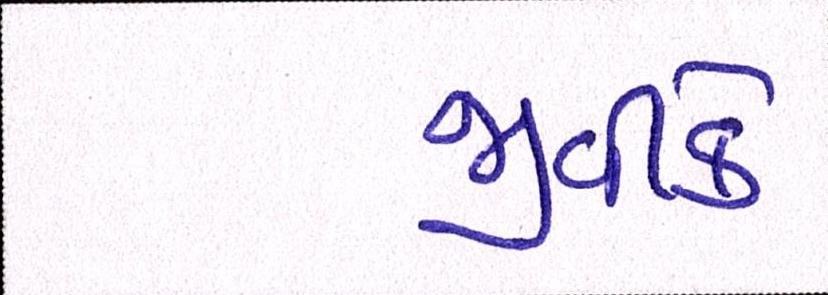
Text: જીવીકે